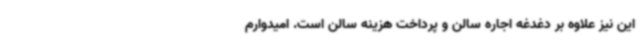
این نیز علاوه بر دغدغه اجاره سالن و پرداخت هزینه سالن است. امیدوارم